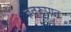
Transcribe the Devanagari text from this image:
व्रतरूपात